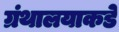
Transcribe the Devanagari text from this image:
ग्रंथालयाकडे